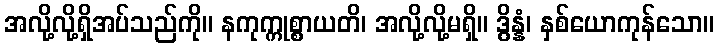
အလို့လို့ရှိအပ်သည်ကို။ နကုက္ကုစ္စာယတိ၊ အလို့လို့မရှိ။ ဒွိန္နံ၊ နှစ်ယောကုန်သော။